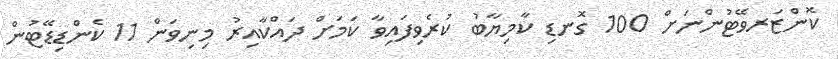
ކޮންޒަރވޭޓުންނަށް 100 ގޮނޑި ކާމިޔާބު ކުރެވިފައިވާ ކަމަށް ދައްކާއިރު މިނިވަން 11 ކެންޑިޑޭޓުން